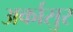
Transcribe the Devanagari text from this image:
अर्कासुर